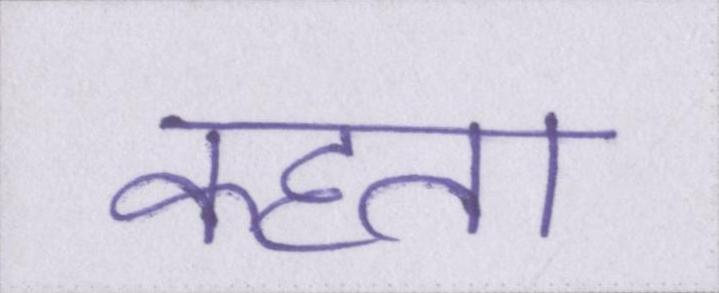
कहता